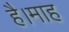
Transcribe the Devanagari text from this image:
है।माह